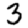
Digit: 3